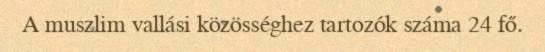
A muszlim vallási közösséghez tartozók száma 24 fő.